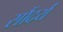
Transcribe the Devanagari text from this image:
सौंदर्यं